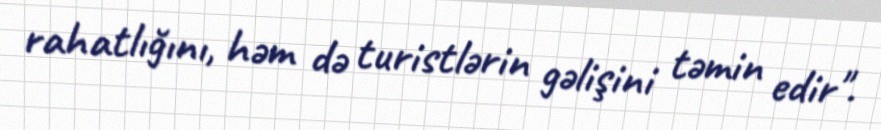
rahatlığını, həm də turistlərin gəlişini təmin edir".